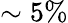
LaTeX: \sim 5\%